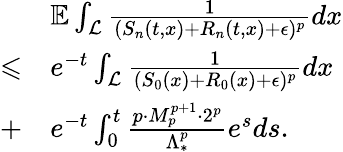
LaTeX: \begin{array}{rl}&{\mathbb{E}\int_{\mathcal{L}}\frac{1}{(S_{n}(t,x)+R_{n}(t,x)+\epsilon)^{p}}dx}\\ {\leqslant}&{e^{-t}\int_{\mathcal{L}}\frac{1}{(S_{0}(x)+R_{0}(x)+\epsilon)^{p}}dx}\\ {+}&{e^{-t}\int_{0}^{t}\frac{p\cdot M_{p}^{p+1}\cdot 2^{p}}{\Lambda_{*}^{p}}e^{s}ds.}\end{array}